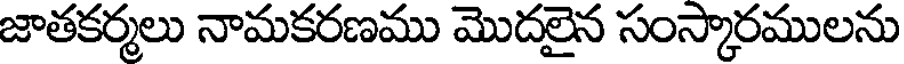
జాతకర్మలు నామకరణము మొదలైన సంస్కారములను